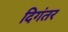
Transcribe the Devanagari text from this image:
दिगंतर